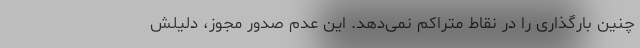
چنین بارگذاری را در نقاط متراکم نمی‌دهد. این عدم صدور مجوز، دلیلش